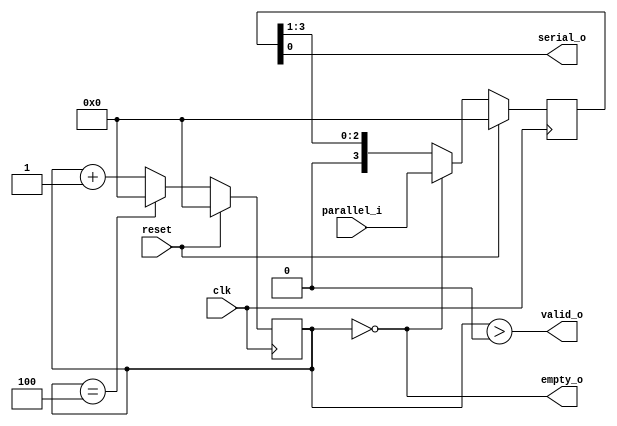
module pToSReg#(parameter N = 4)(clk, reset, empty_o, parallel_i, serial_o, valid_o);

input clk, reset;
output empty_o;
input [N-1:0] parallel_i;

output serial_o, valid_o;

reg [N-1:0] shift_ff, nxt_shift_ff;
reg [N-1:0] count_ff, nxt_count_ff;

always @(posedge clk) begin
    if(reset)
        shift_ff <= 0;
    else 
        shift_ff <= nxt_shift_ff;
    end

    assign nxt_shift_ff = empty_o ? parallel_i : {1'b0,shift_ff[3:1]};

    assign serial_o = shift_ff[0];

    // maintain a counter to drive valid and empty
    always @(posedge clk) begin
        if(reset)
            count_ff <= 0;
        else
            count_ff <= nxt_count_ff;
    end

    assign nxt_count_ff = (count_ff == 3'h4) ? 3'h0 : count_ff + 1;

    // valid when counter greater than zero
    assign valid_o = (count_ff > 0);

    //empty when counter is zero
    assign empty_o = (count_ff == 0);
    
endmodule